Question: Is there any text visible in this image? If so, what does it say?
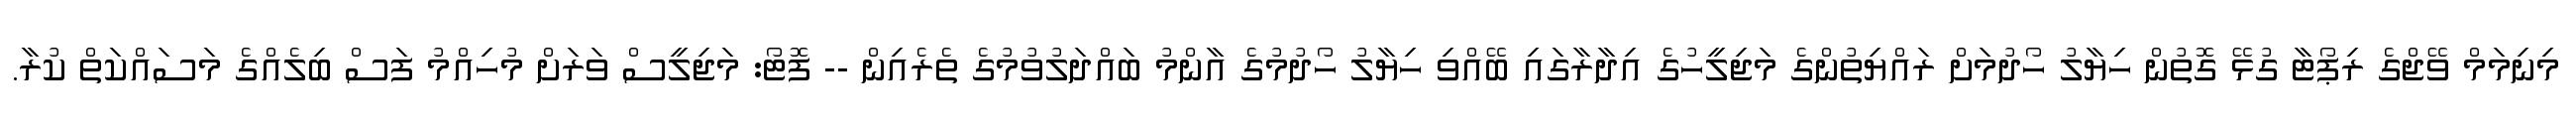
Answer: މިނިމަމް ވޭޖްގެ ރިޕޯޓާ ގުޅޭ ގޮތުން ހިޔާލު ހޯދުމަށް ރައްޔިތުންގެ މަޖިލީހުގެ އިދާރާގައި ބޭއްވި ހިޔާލު ހޯދުމުގެ އާންމު ބައްދަލުވުމުގެ ތެރެއިން -- ފޮޓޯ: މަޖިލީސް ވަރަށް މުހިއްމު ފަސް ބިލެއްގެ މަސައްކަތް ކުރާ.